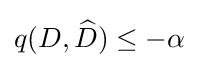
q(D,{\widehat {D}})\leq -\alpha \,\!